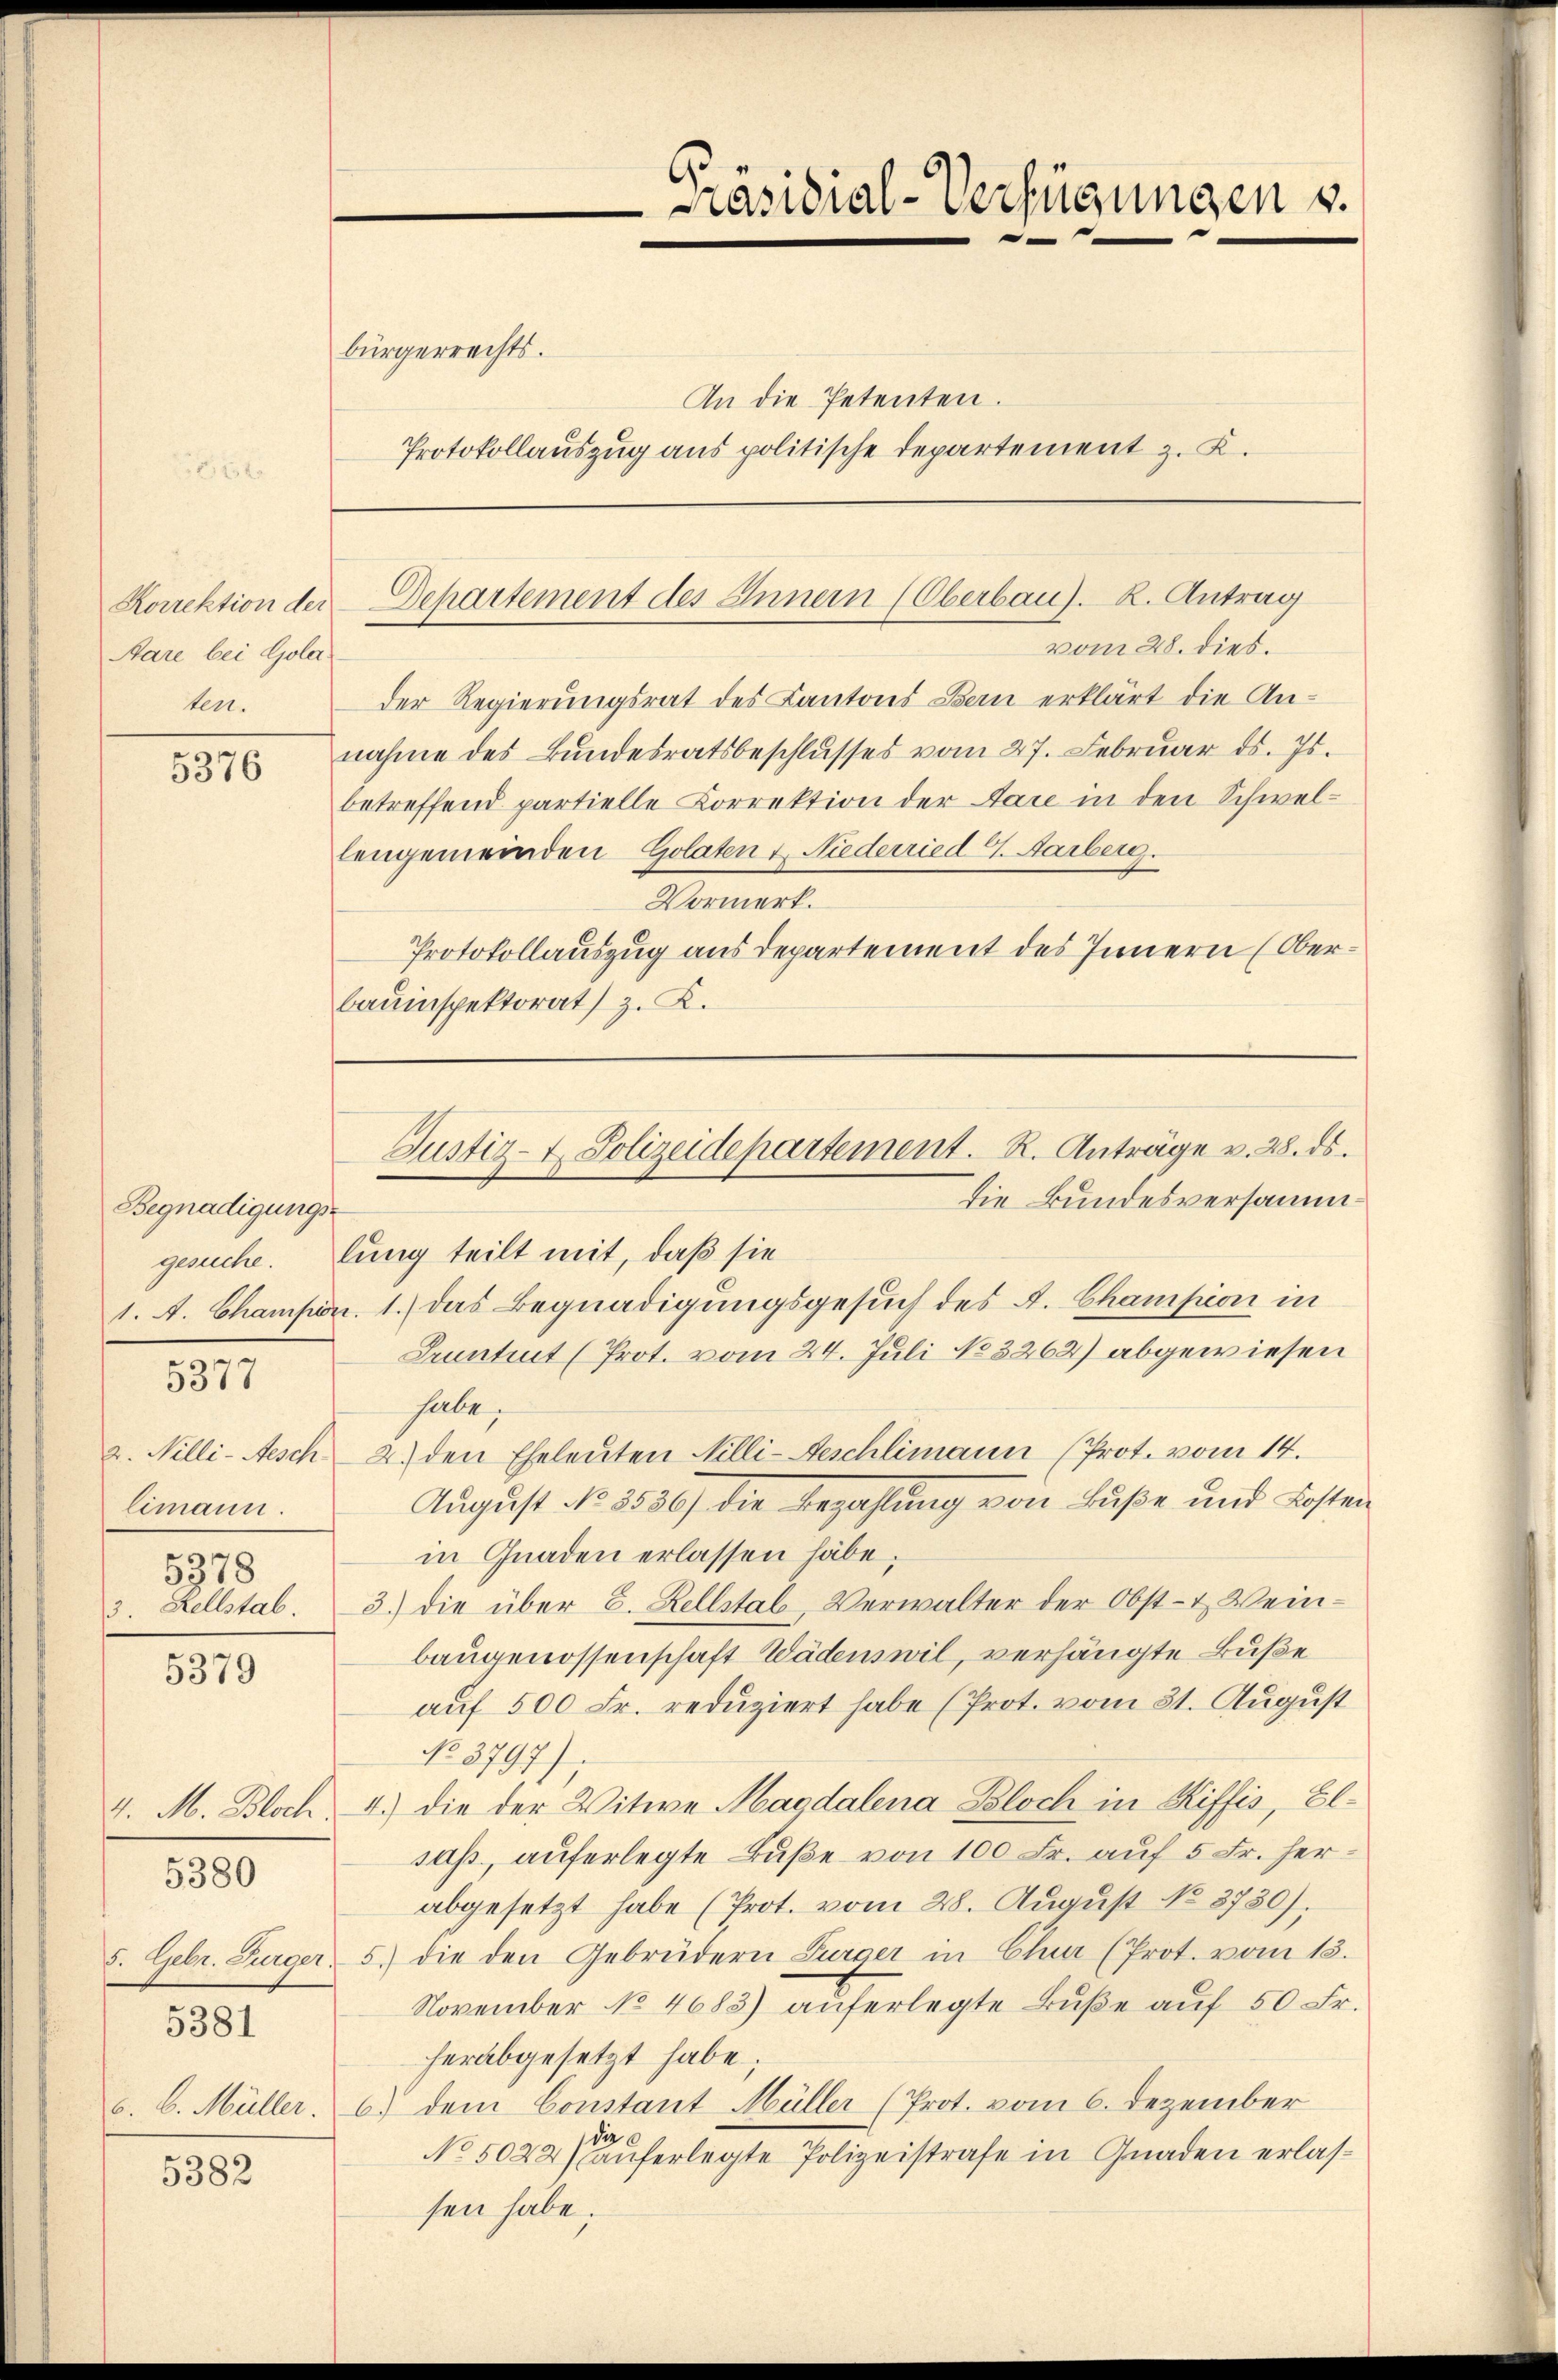
Korrektion der
Aare bei Gola
ten.

5376

Begnadigungs-
gesuche. Er
1. A. Champiri

5377

limann.
5378

5379

5380

5381

5382

bürgerrechts.
An die Petenten.

vom 28. dies.
Der Regierungsrat des Kantons Bern erklärt die Annahme des Bundesratsbeschlusses vom 27. Februar ds. Js.
betreffend partielle Correktion der Aare in den Schwellengemeinden Golaten & Niederried 4. Aarberg.
Vormerk.
Protokollauszug aus Departement des Innern (Oberbauinspektorat) z. K.

Präsidial-Verfügungen u.
—

Protokollauszug aus politische Departement z. K.

Separtement des Innern (Oberbau). K. Antrag

Justiz- & Polizeidepartement. R. Anträge v. 28. ds.
die Bundesversamm¬

ug teilt mit, daß sie
1.) Das Begnadigungsgesuch des A. Champion in
Tantent (Prot. vom 24. Juli No 3262) abgewiesen
habe.
2. Nilli-Aesch 2. den Eheleŭten Milli-Aeschlimann (Prot. vom 14.
August No 8586) die Bezahlung von Buße und Kosten
in Gnaden erlassen habe;
3. Rellstab. 3.) die über 8. Rellstab, Verwalter der Obst- & Weinbaugenossenschaft Wädenswil, verhängte Buße
auf 500 Fr. reduziert habe (Prot. vom 31. August
No. 3797)
4. M. Bloch 4.) die der Witwe Magdalena Bloch in Riffis, Elsass, auferlegte Buße von 100 Fr. auf 5 Fr. herabgesetzt habe (Prot. vom 28. August No. 3730).
5. Gebr. Bürger 5. die den Gebrüdern Furger in Chur (Prot. vom 13.
November No 4683) auferlegte Buße auf 50 Fr.
herabgesetzt habe;
b. Müller, 6) dem Constant Müller (Prot. vom 6. Dezember
die
No 5022 auferlegte Polizeistrafe in Gnaden erlassen habe;